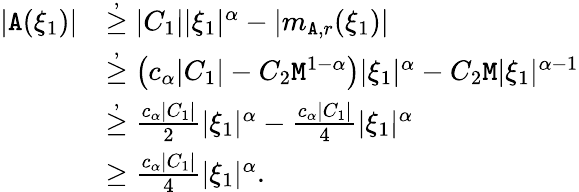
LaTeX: \begin{array}{rl}{|\mathtt{A}(\xi_{1})|}&{\overset{,}{\ge}|C_{1}||\xi_{1}|^{\alpha}-|m_{\mathtt{A},r}(\xi_{1})|}\\ &{\overset{,}\ge\left(c_{\alpha}|C_{1}|-C_{2}\mathtt{M}^{1-\alpha}\right)|\xi_{1}|^{\alpha}-C_{2}\mathtt{M}|\xi_{1}|^{\alpha-1}}\\ &{\overset{,}{\ge}\frac{c_{\alpha}|C_{1}|}{2}|\xi_{1}|^{\alpha}-\frac{c_{\alpha}|C_{1}|}{4}|\xi_{1}|^{\alpha}}\\ &{\ge\frac{c_{\alpha}|C_{1}|}{4}|\xi_{1}|^{\alpha}.}\end{array}